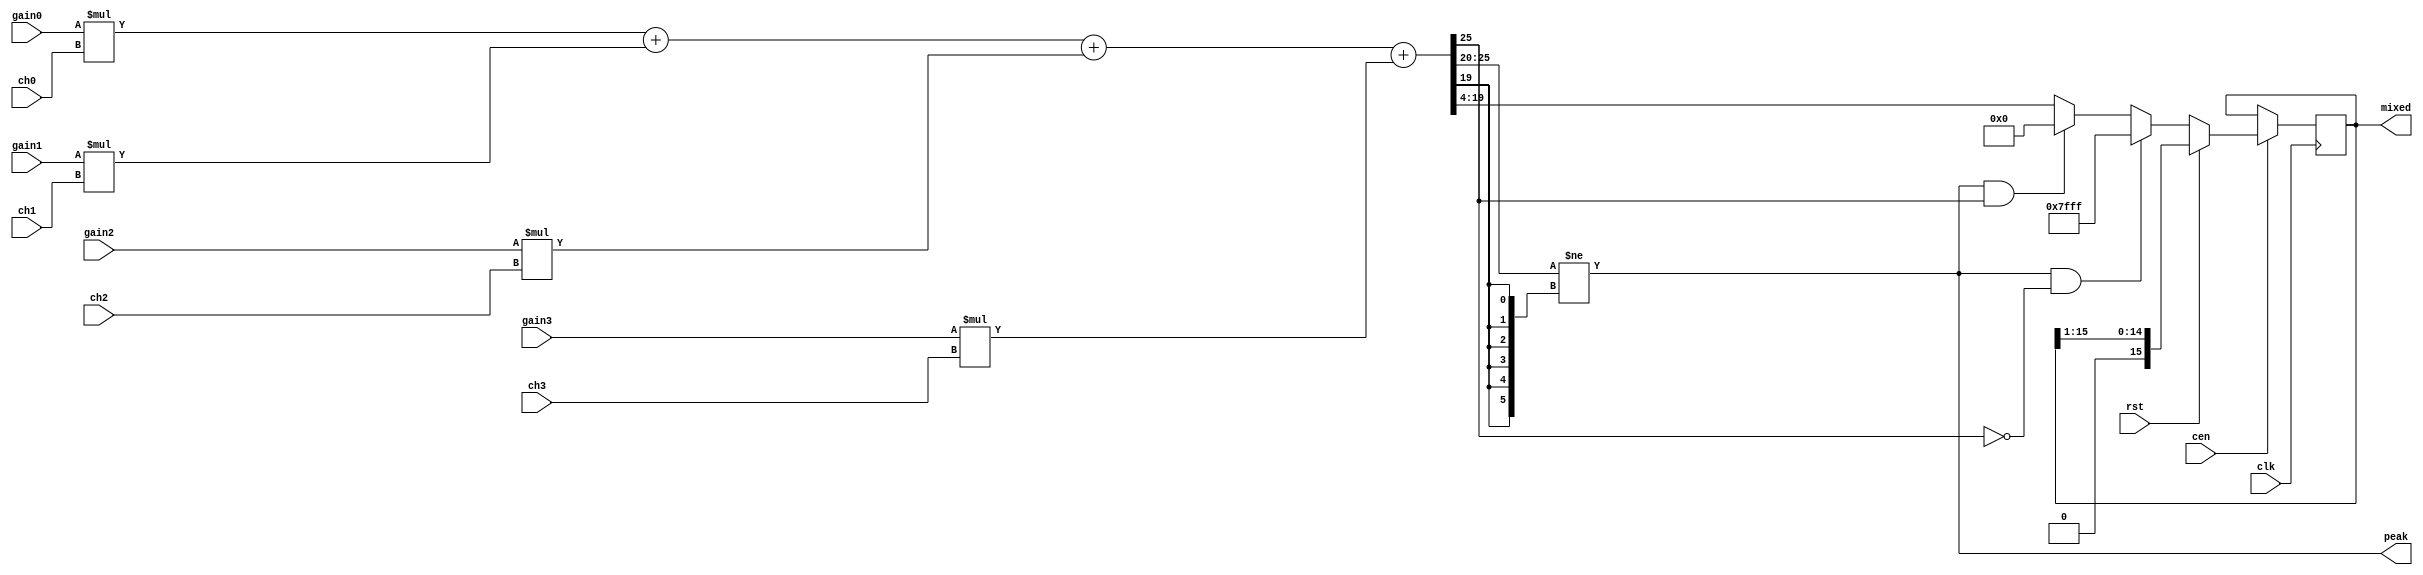
/*
	This file is derived from JTFRAME.
	JTFRAME program is free software: you can redistribute it and/or modify
	it under the terms of the GNU General Public License as published by
	the Free Software Foundation, either version 3 of the License, or
	(at your option) any later version.

	JTFRAME program is distributed in the hope that it will be useful,
	but WITHOUT ANY WARRANTY; without even the implied warranty of
	MERCHANTABILITY or FITNESS FOR A PARTICULAR PURPOSE.  See the
	GNU General Public License for more details.

	You should have received a copy of the GNU General Public License
	along with JTFRAME.  If not, see <http://www.gnu.org/licenses/>.

	Author: Jose Tejada Gomez. Twitter: @topapate
	Author: LMN-san.           Twitter: @Lmn_Sama
	Author: Olivier Scherler.  Twitter: @oscherler
	Version: 1.0
    Date: 24-08-2022
*/

//================================================================================
//  Generic Unsigned Mixer
//  
//  Based on jtframe_mixer.
//================================================================================

// Like jtframe_mixer, but works on unsigned signals.

// Usage:
// Specify width of input signals and desired outputs
// Select gain for each signal

module unsigned_mixer #(parameter W0=16,W1=16,W2=16,W3=16,WOUT=16)(
    input             rst,
    input             clk,
    input             cen,
    // input signals
    input  [W0-1:0]   ch0,
    input  [W1-1:0]   ch1,
    input  [W2-1:0]   ch2,
    input  [W3-1:0]   ch3,
    // gain for each channel in 4.4 fixed point format
    input  [7:0]      gain0,
    input  [7:0]      gain1,
    input  [7:0]      gain2,
    input  [7:0]      gain3,
    output [WOUT-1:0] mixed,
    output            peak   // overflow signal (time enlarged)
);

localparam WM = 16,
           WD =  4,    // decimal part
           WA = WM+8,  // width for the amplification
           WS = WA+2,  // width for the sum
           WI = WS-WD; // width of the integer part of the sum
localparam [WM+3:0] MAXPOS = { 5'b0, {WM-1{1'b1}}};
localparam [WM+3:0] MAXNEG = { 5'b0, {WM-1{1'b0}}};


`ifdef SIMULATION
initial begin
    if( WOUT<W0 || WOUT<W1 || WOUT<W2 || WOUT<W3 ) begin
        $display("ERROR: %m parameter WOUT must be larger or equal than any other w parameter");
        $finish;
    end
    if( W0>WM || W1 > WM || W2>WM || W3>WM || WOUT>WM ) begin
        $display("ERROR: %m parameters cannot be larger than %d bits",WM);
        $finish;
    end
end
`endif

wire [WA-1:0] ch0_pre, ch1_pre, ch2_pre, ch3_pre;
reg  [WS-1:0] pre_sum; // 4 extra bits for overflow guard
reg  [WM-1:0] sum;
reg  [WI-1:0] pre_int; // no fractional part
wire          ov_pos, ov_neg;

// rescale to WM
wire [WM-1:0] scaled0 = { ch0, {WM-W0{1'b0}} };
wire [WM-1:0] scaled1 = { ch1, {WM-W1{1'b0}} };
wire [WM-1:0] scaled2 = { ch2, {WM-W2{1'b0}} };
wire [WM-1:0] scaled3 = { ch3, {WM-W3{1'b0}} };

assign ch0_pre = gain0 * scaled0;
assign ch1_pre = gain1 * scaled1;
assign ch2_pre = gain2 * scaled2;
assign ch3_pre = gain3 * scaled3;
assign mixed   = sum[WM-1:WM-WOUT];

assign peak    = pre_int[WI-1:WM] != {WI-WM{pre_int[WM-1]}};
assign ov_pos  = peak && !pre_int[WI-1];
assign ov_neg  = peak &&  pre_int[WI-1];

function [WS-1:0] ext;
    input [WA-1:0] a;
    ext = { {WS-WA{1'b0}}, a };
endfunction

always @(*) begin
    pre_sum = ext(ch0_pre) + ext(ch1_pre) + ext(ch2_pre) + ext(ch3_pre);
    pre_int = pre_sum[WS-1:WD];
end

// Apply gain
always @(posedge clk) if(cen) begin
    if( rst ) begin // synchronous
        sum <= sum>>>1;
    end else begin
        sum <= ov_pos ? MAXPOS[WM-1:0] : (
               ov_neg ? MAXNEG[WM-1:0] : pre_int[WM-1:0] );
    end
end

endmodule // unsigned_mixer